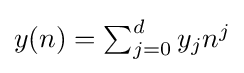
{\textstyle y(n)=\sum _{j=0}^{d}y_{j}n^{j}}